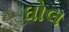
ઘોલ